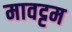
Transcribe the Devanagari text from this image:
मावट्टम